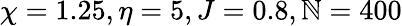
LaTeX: \chi=1.25,\eta=5,J=0.8,\mathbb{N}=400